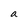
Character: a